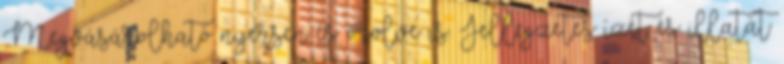
Megvásárolható nyersen és őrölve is. Jellegzetes ízét és illatát